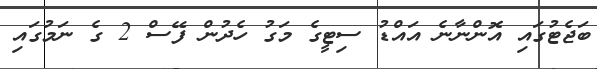
ބަޖެޓުގައި އޮންނާނެ އައްޑު ސިޓީގެ މަގު ހެދުން ފޭސް 2 ގެ ނަމުގައި